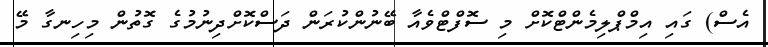
އެސް) ގައި އިމްޕްލިމެންޓްކޮށް މި ސޮފްޓްވެއާ ބޭނުންކުރަން ދަސްކޮށްދިނުމުގެ ގޮތުން މިހިނގާ މޭ